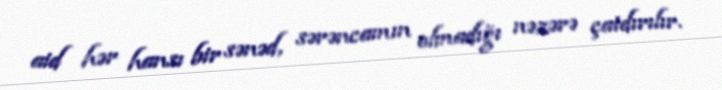
aid hər hansı bir sənəd, sərəncamın olmadığı nəzərə çatdırılır.